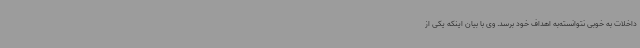
داخلات به خوبی نتوانسته‌به اهداف خود برسد. وی با بیان اینکه یکی از